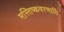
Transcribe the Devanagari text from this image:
मस्तिष्कवरणार्ति